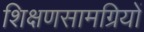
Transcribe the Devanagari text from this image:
शिक्षणसामग्रियों